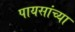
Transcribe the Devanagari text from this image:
पायसांच्या